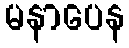
မနာပေန